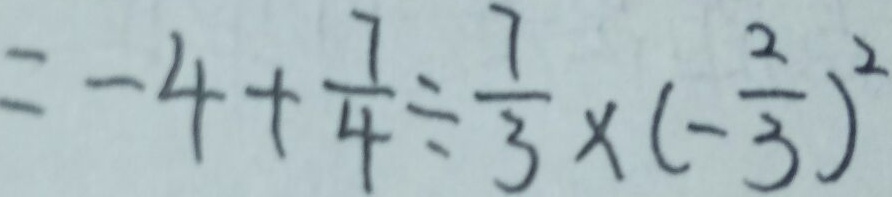
= - 4 + \frac { 7 } { 4 } \div \frac { 7 } { 3 } \times ( - \frac { 2 } { 3 } ) ^ { 2 }